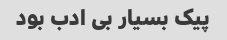
پیک بسیار بی ادب بود